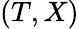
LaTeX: (T,X)